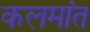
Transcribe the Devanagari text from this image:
कलमांत